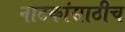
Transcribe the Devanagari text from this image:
नाटकांसाठीच